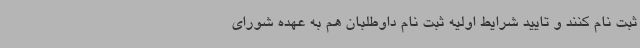
ثبت نام کنند و تایید شرایط اولیه ثبت نام داوطلبان هم به عهده شورای